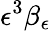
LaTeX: \epsilon^{3}\beta_{\epsilon}